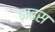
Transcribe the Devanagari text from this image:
ढ़ाढस